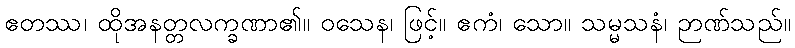
ဧတဿ၊ ထိုအနတ္တလက္ခဏာ၏။ ဝသေန၊ ဖြင့်။ ဧကံ၊ သော။ သမ္မသနံ၊ ဉာဏ်သည်။